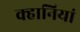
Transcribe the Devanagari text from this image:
क्हानियां